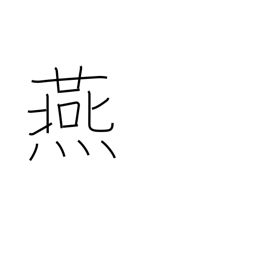
Meaning: swallow (bird)